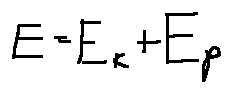
E = E _ { k } + E _ { p }